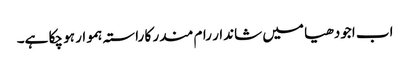
اب اجودھیا میں شاندار رام مندر کا راستہ ہموار ہو چکا ہے۔